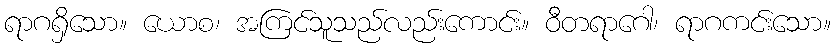
ရာဂရှိသော။ ယောစ၊ အကြင်သူသည်လည်းကောင်း။ ဝီတရာဂေါ၊ ရာဂကင်းသော။